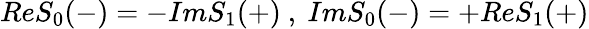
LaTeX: ReS_{0}(-)=-ImS_{1}(+)\ ,\ ImS_{0}(-)=+ReS_{1}(+)